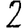
Digit: 2